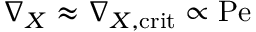
\nabla _ { X } \approx \nabla _ { X , \mathrm { c r i t } } \propto \mathrm { P e }